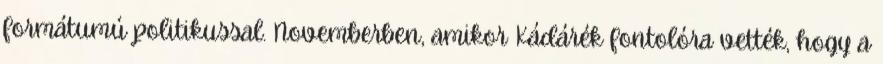
formátumú politikussal. Novemberben, amikor Kádárék fontolóra vették, hogy a